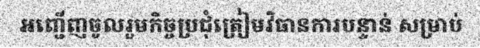
អញ្ជើញចូលរួមកិច្ចប្រជុំត្រៀមវិធានការបន្ទាន់ សម្រាប់